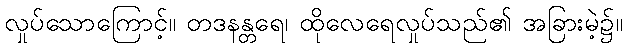
လှုပ်သောကြောင့်။ တဒနန္တရေ၊ ထိုလေရေလှုပ်သည်၏ အခြားမဲ့၌။